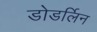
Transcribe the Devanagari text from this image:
डोडर्लिन